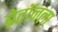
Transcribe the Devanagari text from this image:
ब्रेतॉनला